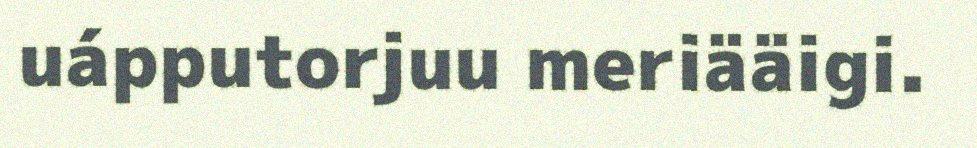
uápputorjuu meriääigi.